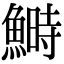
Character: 鰣